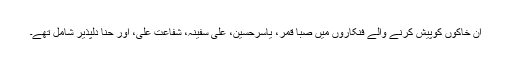
ان خاکوں کوپیش کرنے والے فنکاروں میں صبا قمر، یاسرحسین، علی سفینہ، شفاعت علی، اور حنا دلپذیر شامل تھے۔